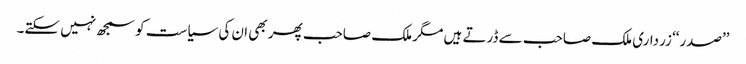
’’صدر‘‘ زرداری ملک صاحب سے ڈرتے ہیں مگر ملک صاحب پھر بھی ان کی سیاست کو سمجھ نہیں سکتے۔